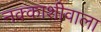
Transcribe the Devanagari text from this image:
नक्काशीवाला